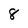
Character: 8